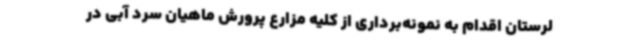
لرستان اقدام به نمونه‌برداری از کلیه مزارع پرورش ماهیان سرد آبی در